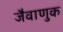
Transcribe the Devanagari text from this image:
जैवाणुक